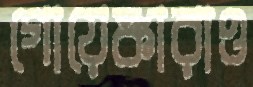
গোয়েঙ্কারাও